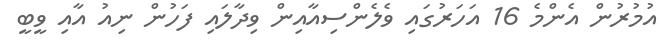
އުމުރުން އެންމެ 16 އަހަރުގައި ވެލެންސިއާއިން ވިދާލައި ފަހުން ނިއު އާއި ވީބީ